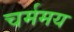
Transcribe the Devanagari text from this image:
चर्ममय